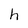
Character: h